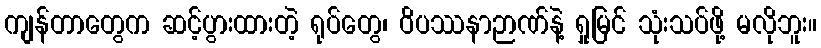
ကျန်တာတွေက ဆင့်ပွားထားတဲ့ ရုပ်တွေ၊ ဝိပဿနာဉာဏ်နဲ့ ရှုမြင် သုံးသပ်ဖို့ မလိုဘူး။